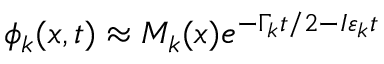
\phi _ { k } ( x , t ) \approx M _ { k } ( x ) e ^ { - \Gamma _ { k } t / 2 - I \varepsilon _ { k } t }